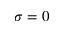
\sigma = 0